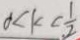
0 < k < \frac { 1 } { 2 }